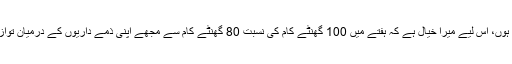
وہ کہتی ہیں کہ میں دو بچوں کی ماں ہوں، اس لیے میرا خیال ہے کہ ہفتے میں 100 گھنٹے کام کی نسبت 80 گھنٹے کام سے مجھے اپنی ذمے داریوں کے درمیان توازن قائم کرنے میں زیادہ مدد ملتی ہے۔